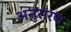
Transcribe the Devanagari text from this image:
अनुसंरण